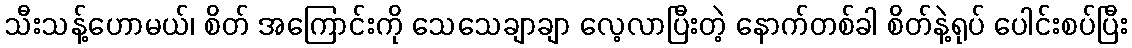
သီးသန့်ဟောမယ်၊ စိတ် အကြောင်းကို သေသေချာချာ လေ့လာပြီးတဲ့ နောက်တစ်ခါ စိတ်နဲ့ရုပ် ပေါင်းစပ်ပြီး